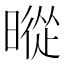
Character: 暰